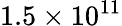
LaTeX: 1.5\times 10^{11}